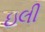
ઇલી